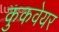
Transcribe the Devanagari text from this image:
कुकवेयर